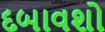
દબાવશો